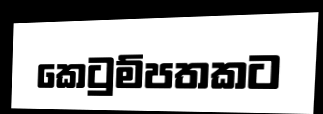
කෙටුම්පතකට